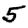
Digit: 5